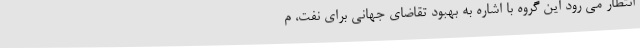
انتظار می رود این گروه با اشاره به بهبود تقاضای جهانی برای نفت، م